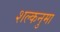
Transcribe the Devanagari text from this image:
शल्कनुमा